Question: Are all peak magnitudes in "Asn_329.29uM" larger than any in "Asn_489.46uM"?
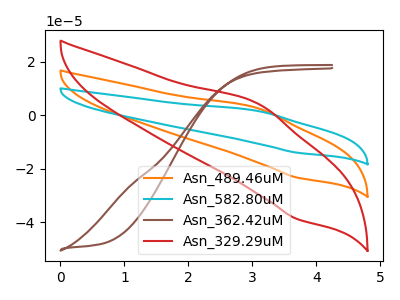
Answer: <think>The orange curve "Asn_489.46uM" has an anodic peak at (3.10V, 2.65uA) and a cathodic peak at (3.70V, -23.30uA). The cyan curve "Asn_582.80uM" has an anodic peak at (3.10V, 5.30uA) and a cathodic peak at (3.70V, -46.60uA). The brown curve "Asn_362.42uM" has no peaks. The red curve "Asn_329.29uM" has an anodic peak at (3.10V, 4.45uA) and a cathodic peak at (3.70V, -38.80uA).</think>
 <answer>Every peak in "Asn_329.29uM" is higher than every peak in "Asn_489.46uM".</answer>
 <eval>higher</eval>